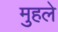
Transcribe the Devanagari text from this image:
मुहले